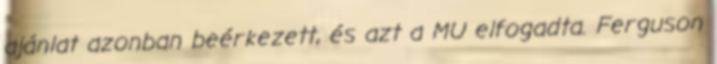
ajánlat azonban beérkezett, és azt a MU elfogadta. Ferguson